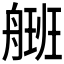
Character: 𰰒